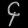
Digit: ၄